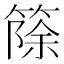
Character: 篨